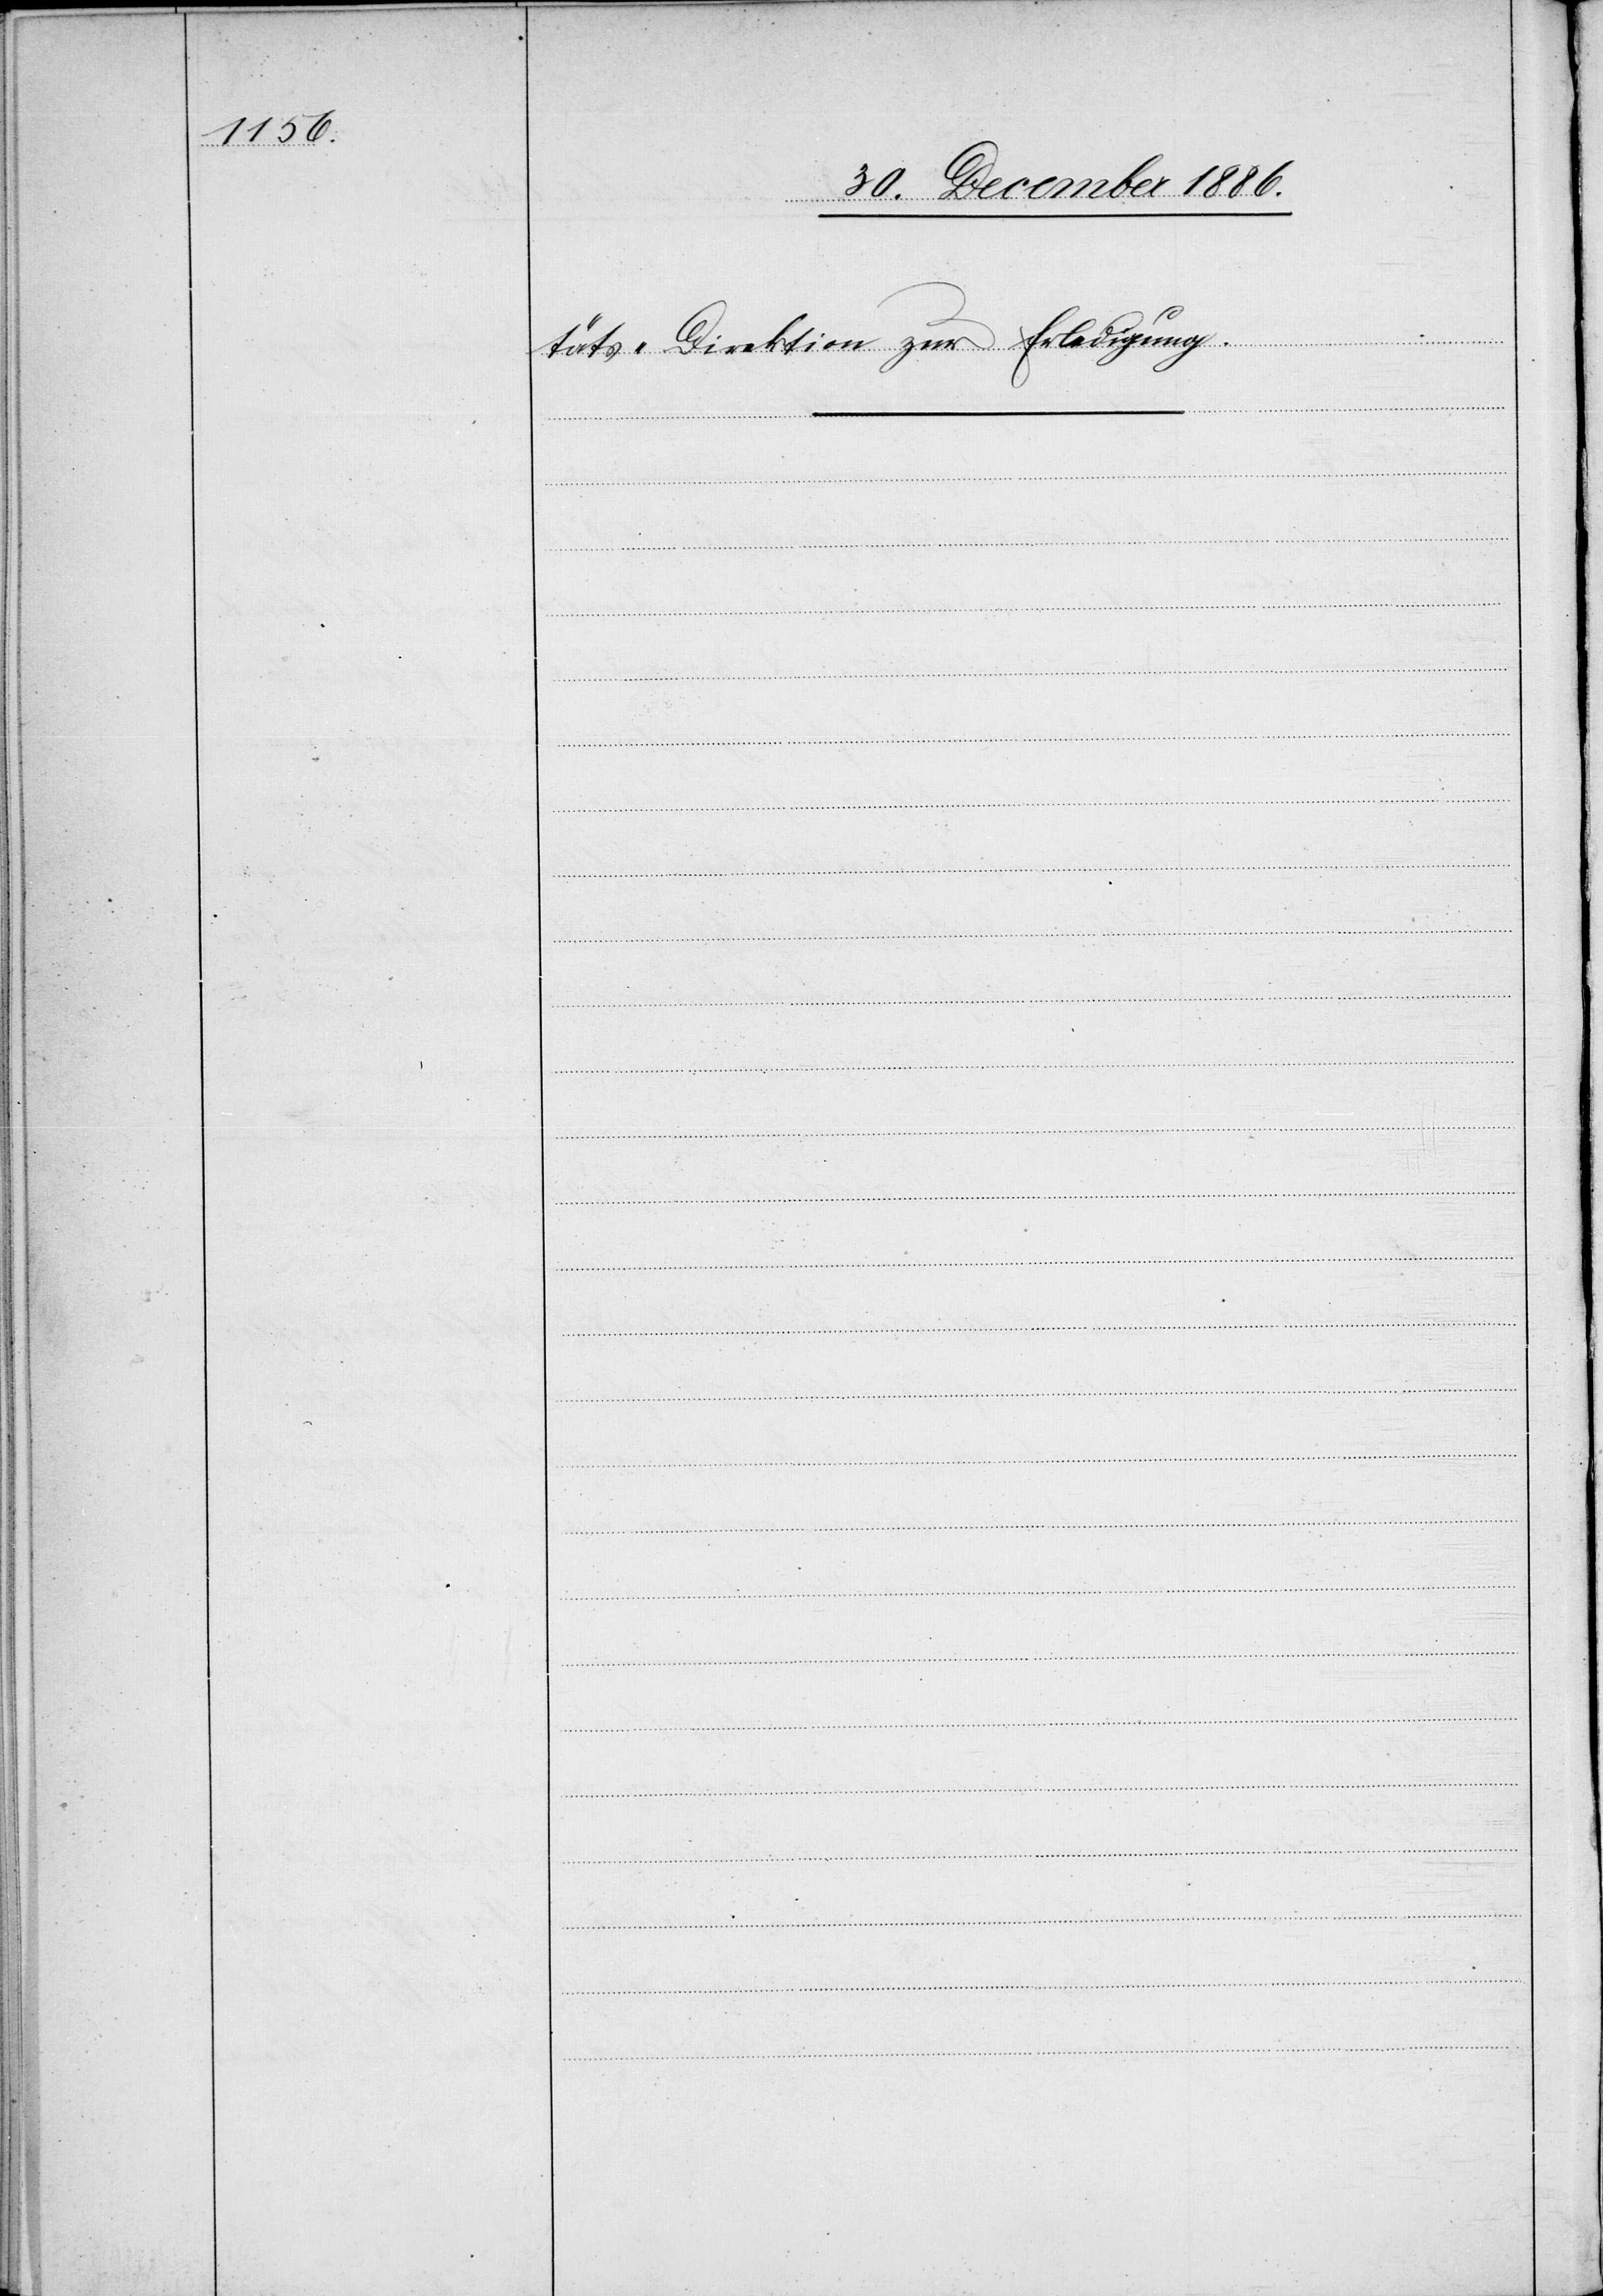
täts-Direktion zur Erledigung.